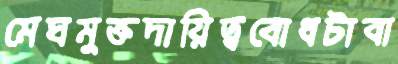
মেঘমুক্তদায়িত্ববোধটাবা